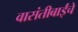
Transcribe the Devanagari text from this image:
वासंतीबाईंचे